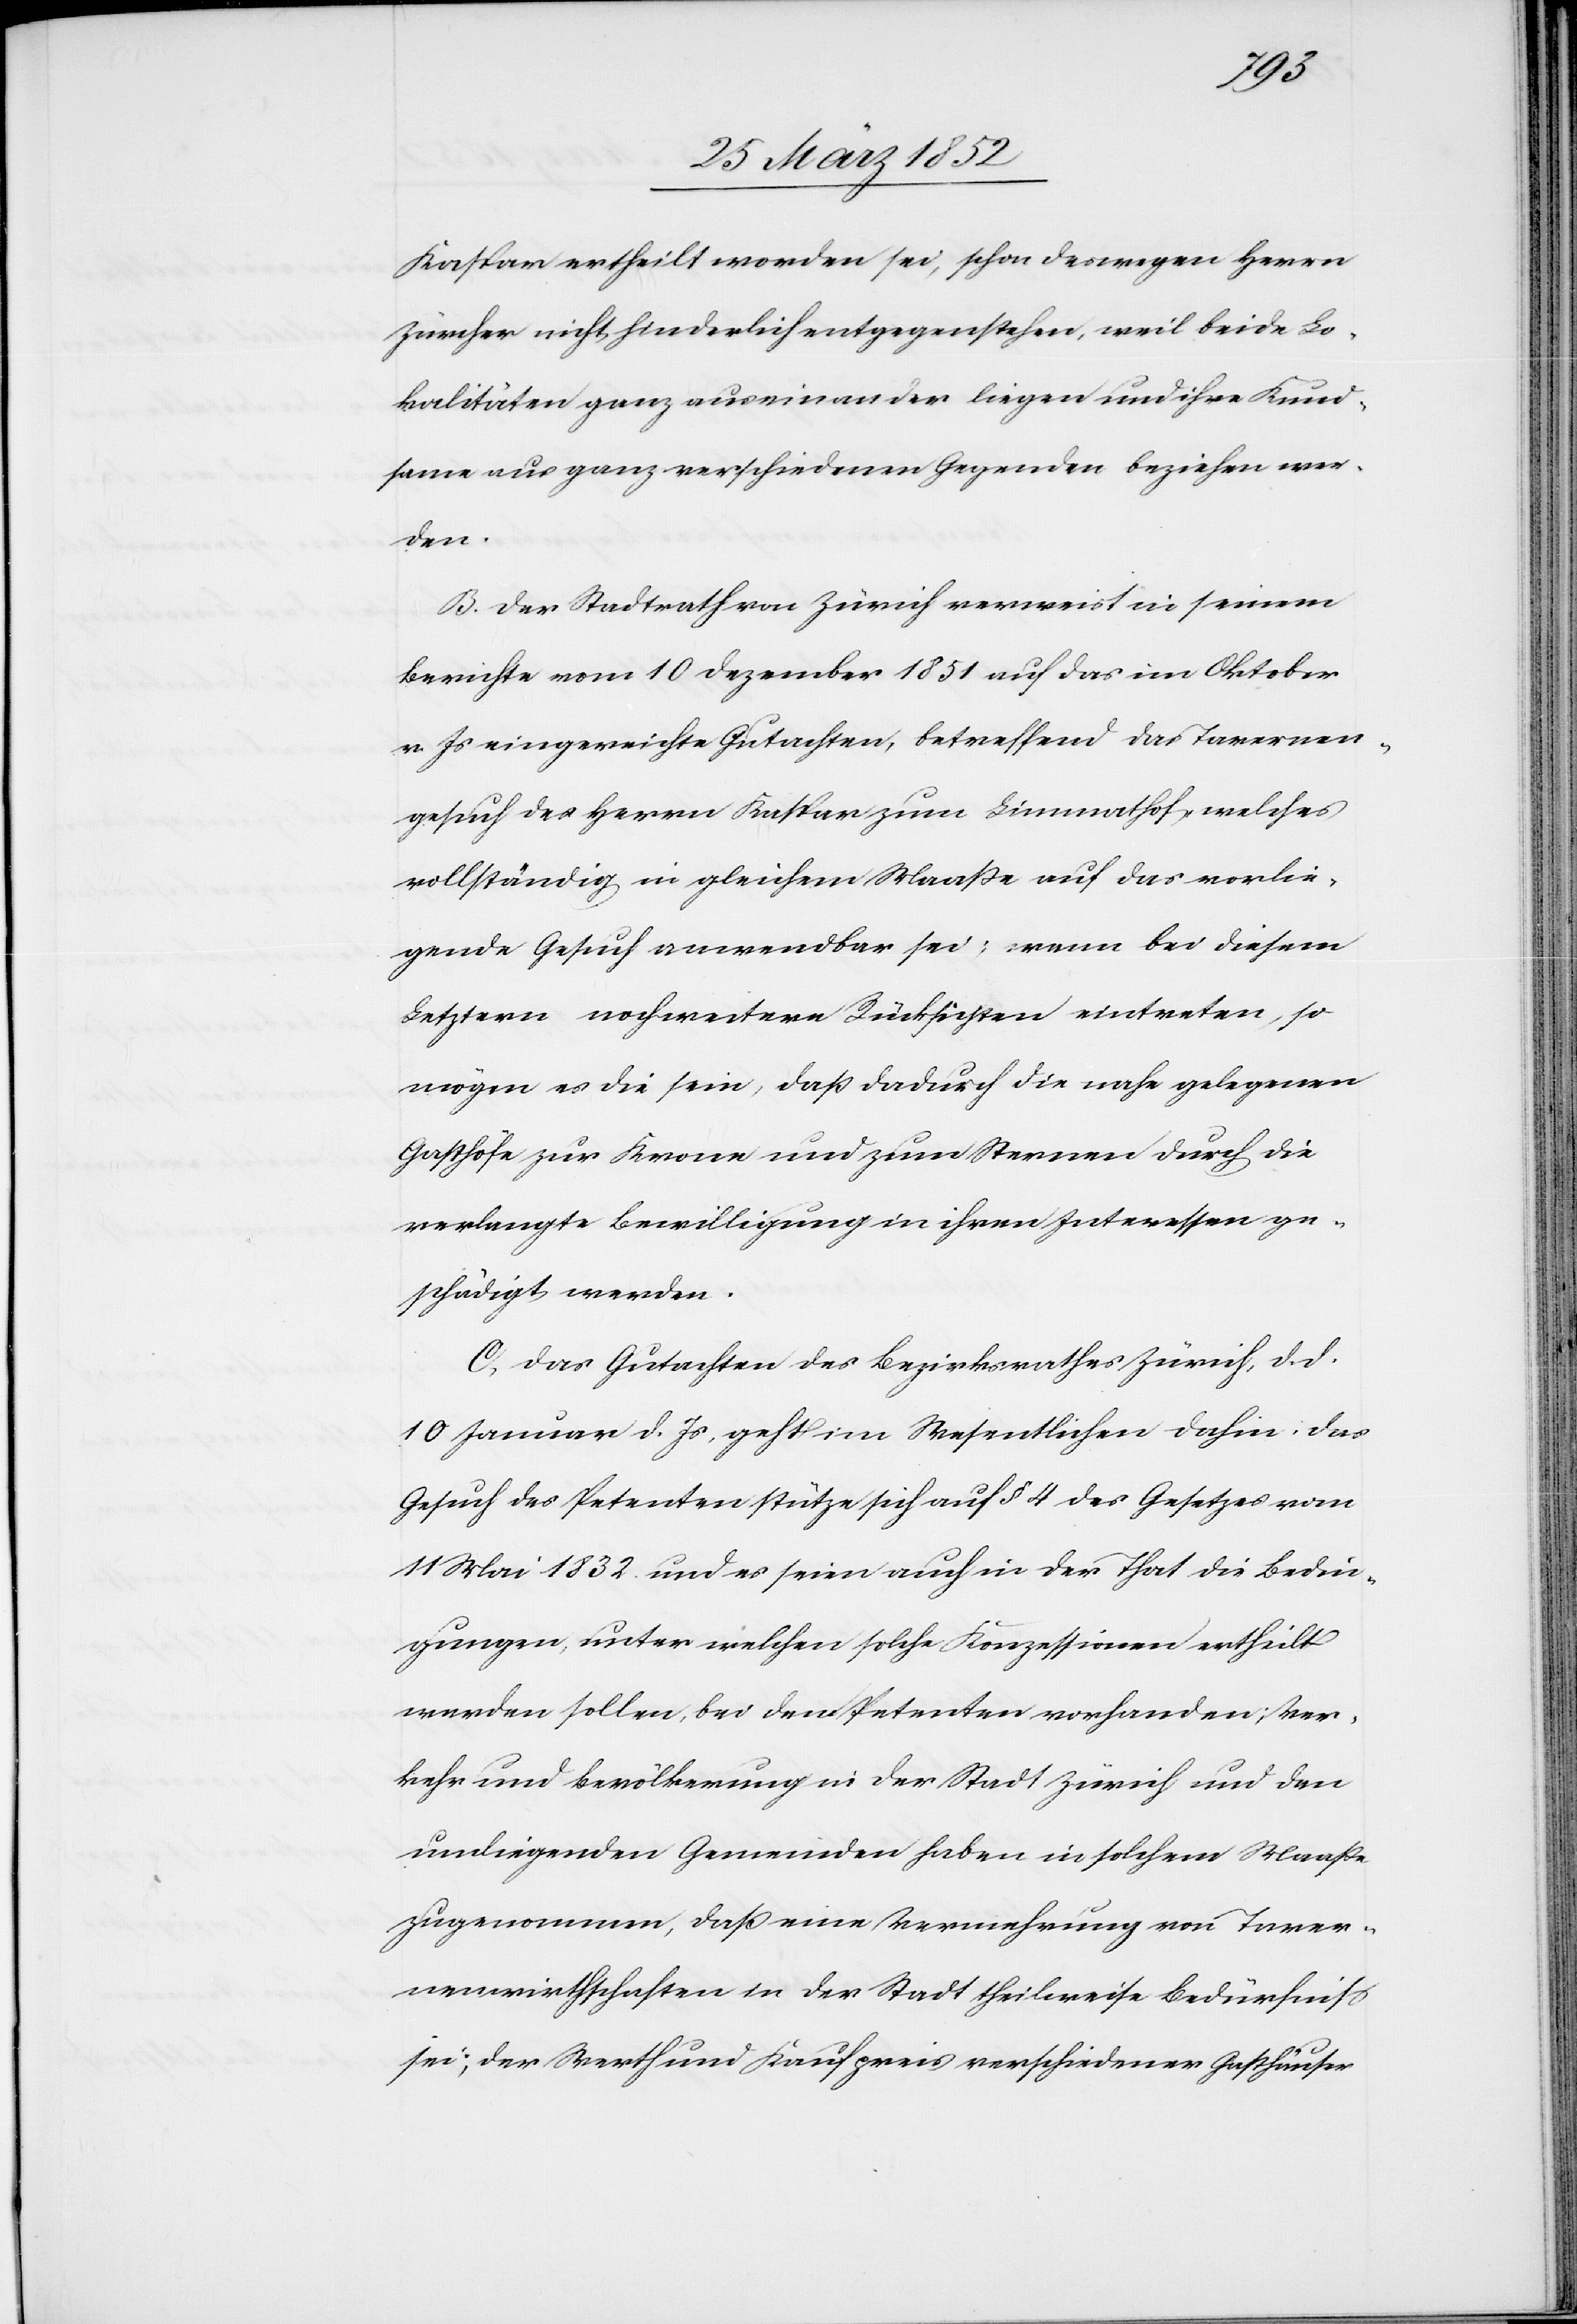
Kaspar ertheilt worden sei, schon deswegen Herrn
Zürcher nicht hinderlich entgegenstehen, weil beide Lo¬
kalitäten ganz auseinander liegen und ihre Kund¬
same aus ganz verschiedenen Gegenden beziehen wer¬
den.
B. Der Stadtrath von Zürich verweist in seinem
Berichte vom 10 Dezember 1851 auf das im Oktober
v. Js eingereichte Gutachten, betreffend das Tavernen¬
gesuch des Herrn Kaspar zum Limmathof, welches
vollständig in gleichem Maaße auf das vorlie¬
gende Gesuch verwendbar sei; wenn bei diesem
Letztern noch weitere Rücksichten eintreten, so
mögen es die sein, daß dadurch die nahe gelegenen
Gasthöfe zur Krone und zum Sternen durch die
verlangte Bewilligung in ihren Interessen ge¬
schädigt werden.
C. Das Gutachten des Bezirksrathes Zürich, d. d.
10 Januar d. Js, geht im Wesentlichen dahin, das
Gesuch des Petenten stütze sich auf § 4 des Gesetzes vom
11 Mai 1832 und es seien auch in der That die Bedin¬
gungen, unter welchen solche Konzessionen ertheilt
werden sollen, bei den Petenten vorhanden; Ver¬
kehr und Bevölkerung in der Stadt Zürich und den
umliegenden Gemeinden haben in solchem Maaße
zugenommen, daß eine Vermehrung von Taver¬
nenwirthschaften in der Stadt theilweise Bedürfniß
sei; der Werth und Kaufpreis verschiedener Gasthäuser